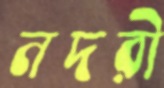
নদরী